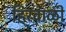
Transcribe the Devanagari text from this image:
हिरवाळी